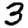
Digit: 3